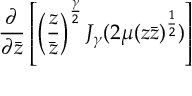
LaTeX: \left. \frac { \partial } { \partial \bar { z } } \left[ \left( \frac { z } { \bar { z } } \right) ^ { \frac { \gamma } { 2 } } J _ { \gamma } ( 2 \mu ( z \bar { z } ) ^ { \frac { 1 } { 2 } } ) \right] \right.